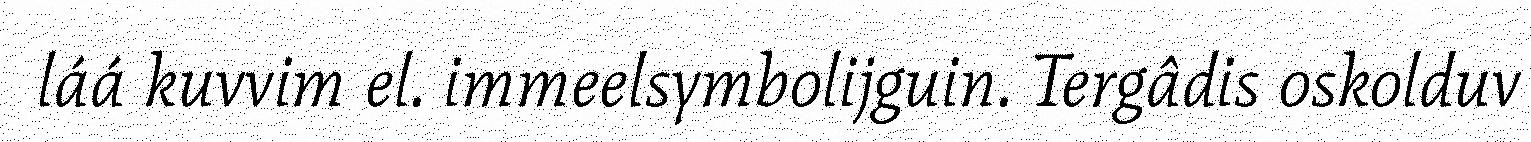
láá kuvvim el. immeelsymbolijguin. Tergâdis oskolduv